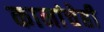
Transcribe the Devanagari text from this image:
कानांचेही